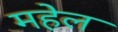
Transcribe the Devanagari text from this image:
महेल